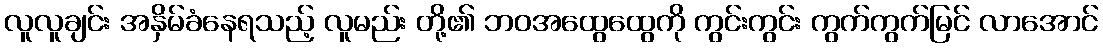
လူလူချင်း အနှိမ်ခံနေရသည့် လူမည်း တို့၏ ဘဝအထွေထွေကို ကွင်းကွင်း ကွက်ကွက်မြင် လာအောင်